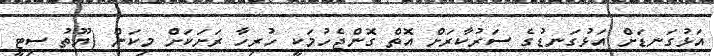
އަޅުގަނޑަށް އަޅުގަނޑުގެ ސަރުކާރަށް އޮތް ގޮންޖެހުމަކީ ހުރިހާ ރަށަކަށް މިކަން (ޔޫތު ސިޓީ